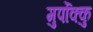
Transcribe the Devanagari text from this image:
मुर्पोक्कु